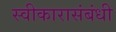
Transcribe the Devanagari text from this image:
स्वीकारासंबंधी